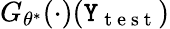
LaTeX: G_{\theta^{*}}(\cdot)(\mathtt{Y}_{\mathrm{{~t~e~s~t~}}})